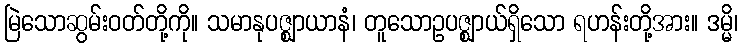
မြဲသောဆွမ်းဝတ်တို့ကို။ သမာနုပဇ္ဈာယာနံ၊ တူသောဥပဇ္ဈာယ်ရှိသော ရဟန်းတို့အား။ ဒမ္မိ၊